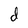
Character: d